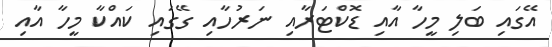
އޭގައި ބަލި މީހާ އާއި ޑޮކްޓަރާއި ނަރުހާއި ގޭގައި ކައްކާ މީހާ އާއި